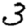
Digit: 3